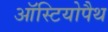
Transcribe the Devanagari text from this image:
ऑस्टियोपैथ